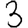
Digit: 3